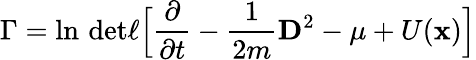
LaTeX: \Gamma=\ln\, \mathrm{det}\ell\Big\lbrack\frac{\partial}{\partial t}-\frac{1}{2m}{\mathbf D}^{2}-\mu+U({\mathbf x})\Big\rbrack